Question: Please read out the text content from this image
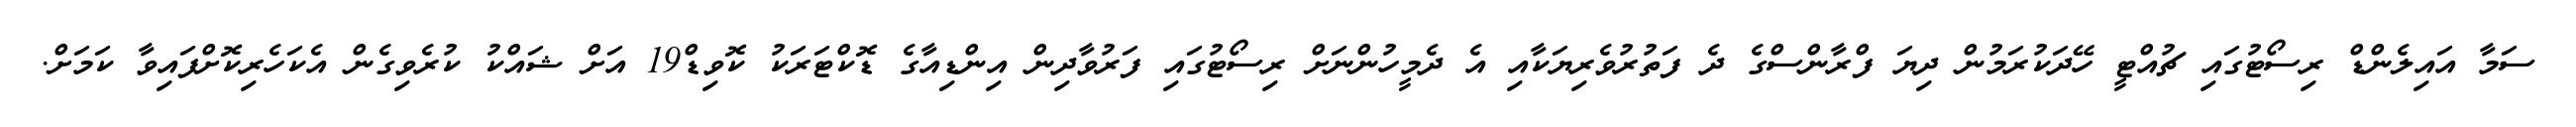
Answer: ސަމާ އައިލެންޑް ރިސޯޓުގައި ޗުއްޓީ ހޭދަކުރަމުން ދިޔަ ފްރާންސްގެ ދެ ފަތުރުވެރިޔަކާއި އެ ދެމީހުންނަށް ރިސޯޓުގައި ފަރުވާދިން އިންޑިއާގެ ޑޮކްޓަރަކު ކޮވިޑް19 އަށް ޝައްކު ކުރެވިގެން އެކަހެރިކޮށްފައިވާ ކަމަށް.